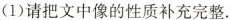
(1)请把文中像的性质补充完整。